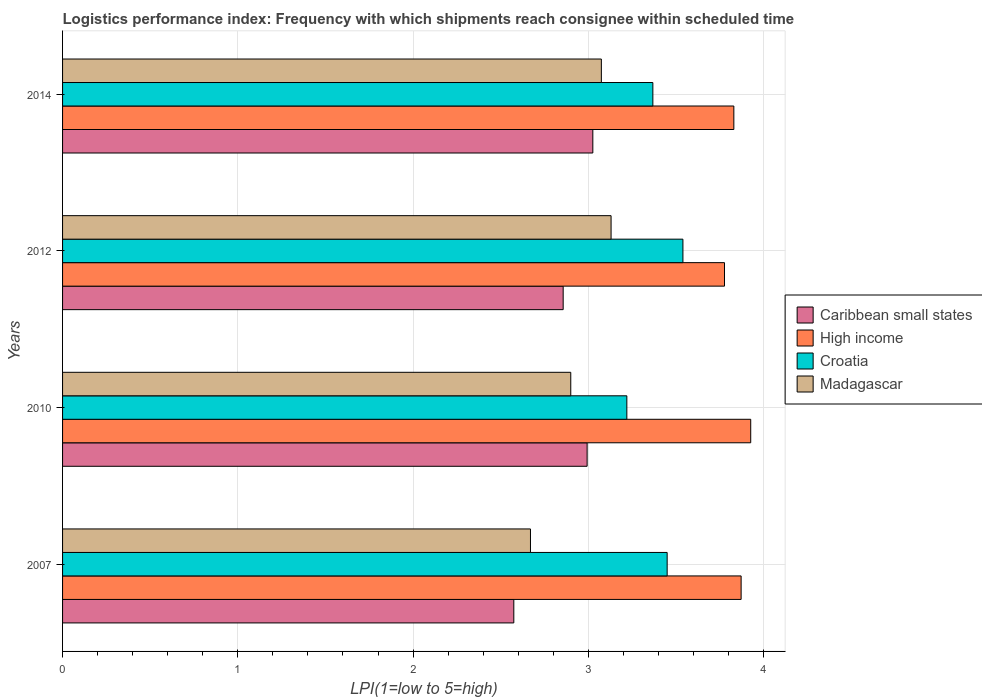
| Years | Caribbean small states | High income | Croatia | Madagascar |
 | --- | --- | --- | --- | --- |
 | 2007 | 2.58 | 3.87 | 3.45 | 2.67 |
 | 2010 | 2.99 | 3.93 | 3.22 | 2.9 |
 | 2012 | 2.86 | 3.78 | 3.54 | 3.13 |
 | 2014 | 3.03 | 3.83 | 3.37 | 3.07 |